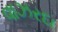
વાઝરદા